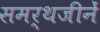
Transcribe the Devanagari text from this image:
समर्थजीनें